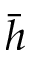
\bar { h }